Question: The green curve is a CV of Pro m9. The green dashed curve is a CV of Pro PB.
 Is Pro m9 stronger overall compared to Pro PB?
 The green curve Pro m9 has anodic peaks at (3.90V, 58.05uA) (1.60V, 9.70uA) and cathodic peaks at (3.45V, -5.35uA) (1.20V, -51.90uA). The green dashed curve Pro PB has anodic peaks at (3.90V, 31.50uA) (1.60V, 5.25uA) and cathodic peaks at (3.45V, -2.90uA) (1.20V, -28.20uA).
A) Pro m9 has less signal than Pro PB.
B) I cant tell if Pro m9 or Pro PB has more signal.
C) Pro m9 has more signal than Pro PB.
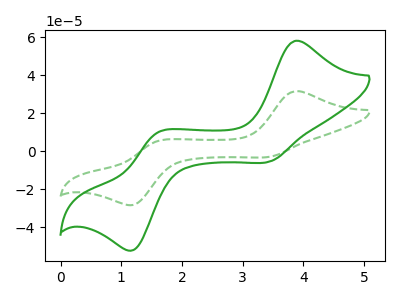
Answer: <think>All the peaks in "Pro m9" have a peak in "Pro PB" at the same potential. Every peak in "Pro m9" is higher than every peak in "Pro PB".
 </think>
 <answer>C) "Pro m9" has more signal than "Pro PB".</answer>
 <eval>C</eval>